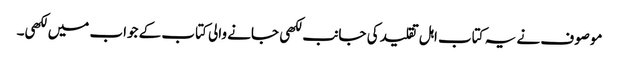
موصوف نے یہ کتاب اہل تقلید کی جانب لکھی جانے والی کتاب کے جواب میں لکھی۔